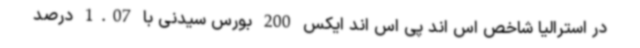
در استرالیا شاخص اس اند پی اس اند ایکس 200 بورس سیدنی با 1.07 درصد